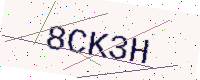
Text: 8CK3H